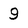
Character: 9